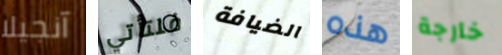
آنجيلا فلتأتي الضيافة هذه خارجة